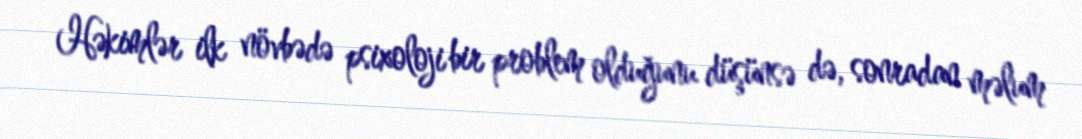
Həkimlər ilk növbədə psixoloji bir problem olduğunu düşünsə də, sonradan məlum